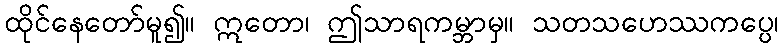
ထိုင်နေတော်မူ၍။ ဣတော၊ ဤသာရကမ္ဘာမှ။ သတသဟေဿကပ္ပေ၊